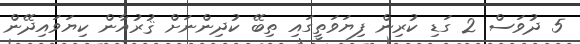
5 ދުވަސް 2 ގަޑި ކުރިން ފިޔަވަތީގައި ތިބޭ ކުދިންނަށް ޤުރުއާން ކިޔަވައިދޭން